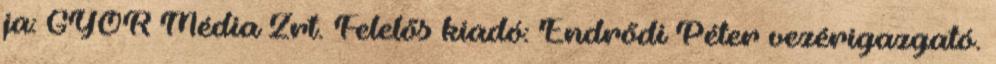
ja: GYŐR Média Zrt. Felelős kiadó: Endrődi Péter vezérigazgató.